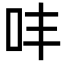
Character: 㕩